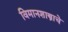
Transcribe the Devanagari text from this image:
विमानशास्त्राचे